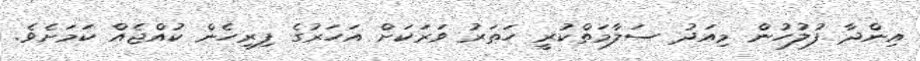
އިންދާ ފުލުހުން މިއަދު ސަލާމަތްކުރީ ހަތަރު ވަރަކަށް އަހަރުގެ ފިރިހެން ކުއްޖެއް ކަމަށެވެ.